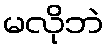
မလိုဘဲ